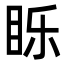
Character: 䀥